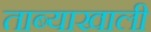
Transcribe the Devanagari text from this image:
ताब्याखाली